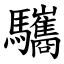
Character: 驨